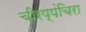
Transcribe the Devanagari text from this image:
चीरप्पंचिरा